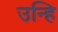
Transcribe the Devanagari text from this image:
उन्हि